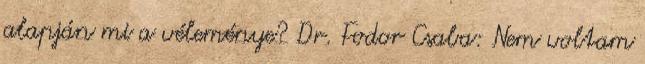
alapján mi a véleménye? Dr. Fodor Csaba: Nem voltam